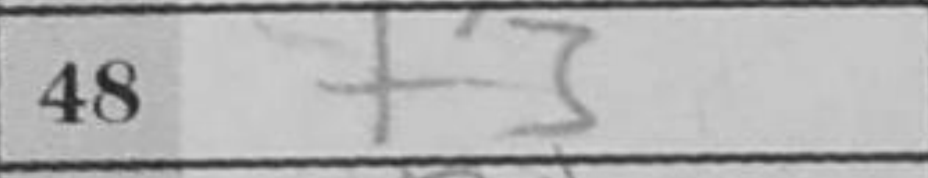
Transcription: f3